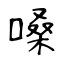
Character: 嗓